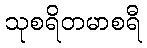
သုစရိတမာစရီ